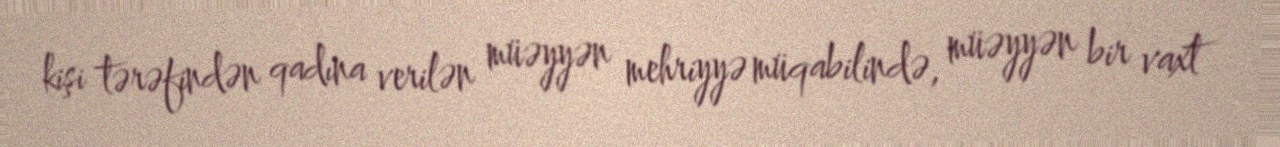
kişi tərəfindən qadına verilən müəyyən mehriyyə müqabilində, müəyyən bir vaxt